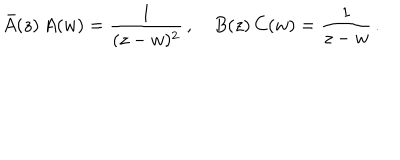
\bar { A } ( z ) \, A ( w ) = \frac { 1 } { ( z - w ) ^ { 2 } } \, , \quad B ( z ) \, C ( w ) = \frac { 1 } { z - w } \, .